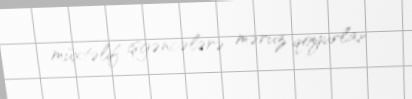
müxtəlif işgəncələrə məruz qoyurlar.